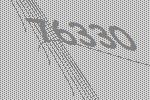
76330